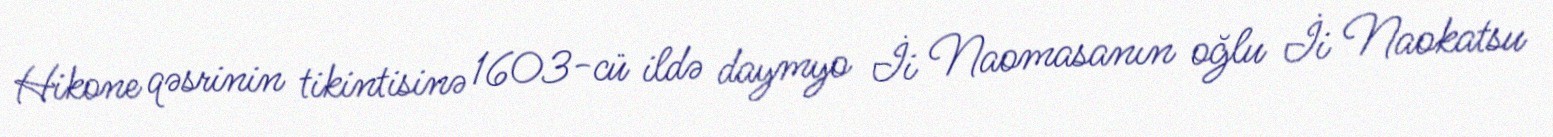
Hikone qəsrinin tikintisinə 1603-cü ildə daymyo İi Naomasanın oğlu İi Naokatsu